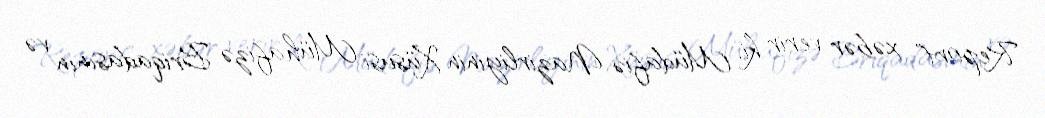
Report" xəbər verir ki, Müdafiə Nazirliyinin Xüsusi Mühafizə Briqadasının və